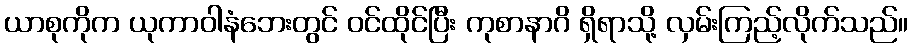
ယာစုကိုက ယုကာဝါနံဘေးတွင် ဝင်ထိုင်ပြီး ကုစာနာဂိ ရှိရာသို့ လှမ်းကြည့်လိုက်သည်။